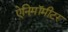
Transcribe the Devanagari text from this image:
ऐनिमॉमीटर